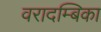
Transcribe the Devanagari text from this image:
वरादम्बिका